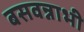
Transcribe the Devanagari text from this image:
बसवन्नाभी